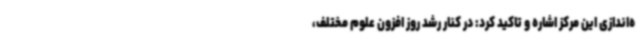
ه‌اندازی این مرکز اشاره و تاکید کرد: در کنار رشد روز افزون علوم مختلف،